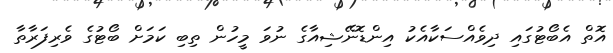
އޮތް އެބޯޓުގައި ދިވެއްސަކާއެކު އިންޑޮނޭޝިއާގެ ނުވަ މީހުން ތިބި ކަމަށް ބޯޓުގެ ވެރިފަރާތާ